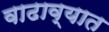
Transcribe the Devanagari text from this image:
वाढाव्यात